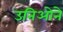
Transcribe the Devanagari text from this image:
उनिओने